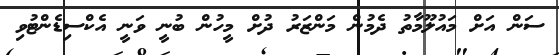
ސަން އަށް މައުލޫމާތު ދެމުން މަންޒަރު ދުށް މީހުން ބުނީ ވަނީ އެކްސިޑެންޓުވި